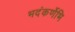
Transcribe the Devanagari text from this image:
भदंकर्णेभि